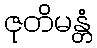
ဇုတိမန္တံ